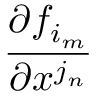
\frac { \partial f _ { i _ { m } } } { \partial x ^ { j _ { n } } }